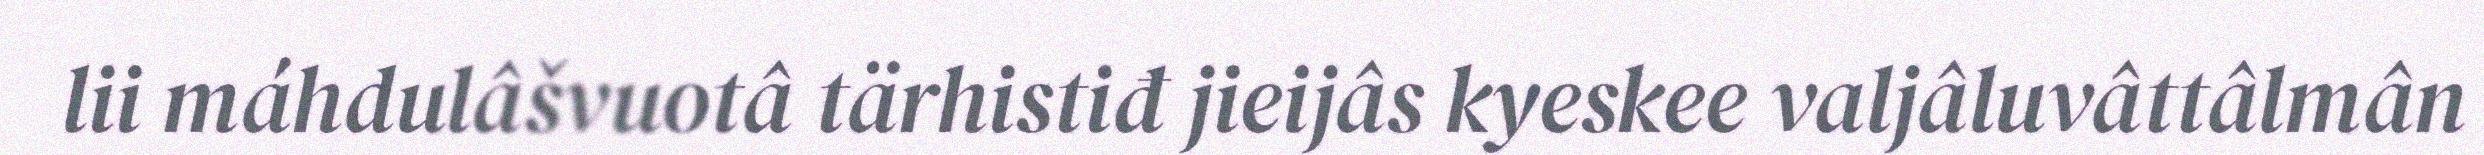
lii máhdulâšvuotâ tärhistiđ jieijâs kyeskee valjâluvâttâlmân